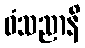
ဝံသညာနိ